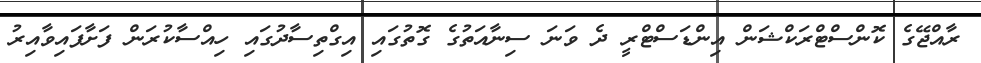
ރާއްޖޭގެ ކޮންސްޓްރަކްޝަން އިންޑަސްޓްރީ ދެ ވަނަ ސިނާއަތުގެ ގޮތުގައި އިގްތިސާދުގައި ހިއްސާކުރަން ފަށާފައިވާއިރު